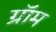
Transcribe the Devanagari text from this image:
ग्रॉम